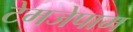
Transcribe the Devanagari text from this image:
टेमजेपाम